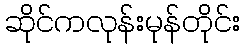
ဆိုင်ကလုန်းမုန်တိုင်း